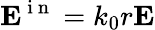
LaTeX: \mathbf{E}^{\mathrm{~i~n~}}=k_{0}r\mathbf{E}